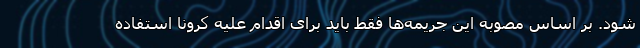
شود. بر اساس مصوبه این جریمه‌ها فقط باید برای اقدام علیه کرونا استفاده